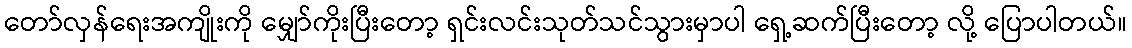
တော်လှန်ရေးအကျိုးကို မျှော်ကိုးပြီးတော့ ရှင်းလင်းသုတ်သင်သွားမှာပါ ရှေ့ဆက်ပြီးတော့ လို့ ပြောပါတယ်။